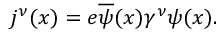
j ^ { \nu } ( x ) = e \overline { { { \psi } } } ( x ) \gamma ^ { \nu } \psi ( x ) .